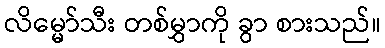
လိမ္မော်သီး တစ်မွှာကို ခွာ စားသည်။